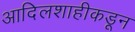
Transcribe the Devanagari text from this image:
आदिलशाहीकडून